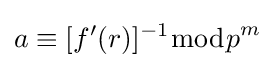
a\equiv [f'(r)]^{-1}{\bmod {p}}^{m}